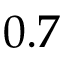
0 . 7